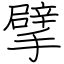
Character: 擘